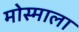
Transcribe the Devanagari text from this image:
मोस्माला